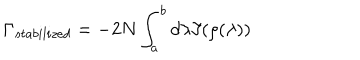
\Gamma _ { s t a b i l i z e d } = - 2 N \int _ { a } ^ { b } d \lambda \Im ( \rho ( \lambda ) )